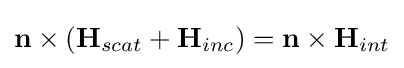
\mathbf {n} \times (\mathbf {H} _{scat}+\mathbf {H} _{inc})=\mathbf {n} \times \mathbf {H} _{int}